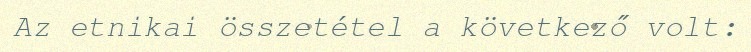
Az etnikai összetétel a következő volt: